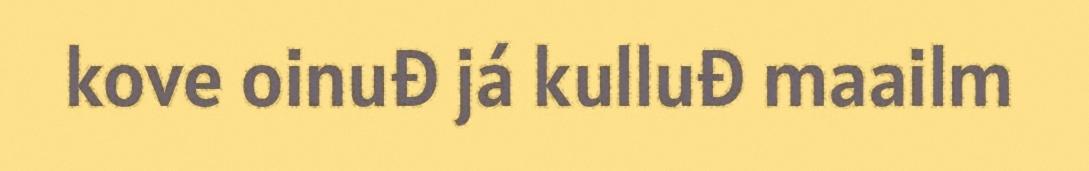
kove oinuđ já kulluđ maailm